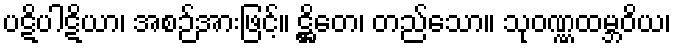
ပဋိပါဋိယာ၊ အစဉ်အားဖြင့်။ ဋ္ဌိတေ၊ တည်သော။ သုဝဏ္ဏထမ္ဘဝိယ၊